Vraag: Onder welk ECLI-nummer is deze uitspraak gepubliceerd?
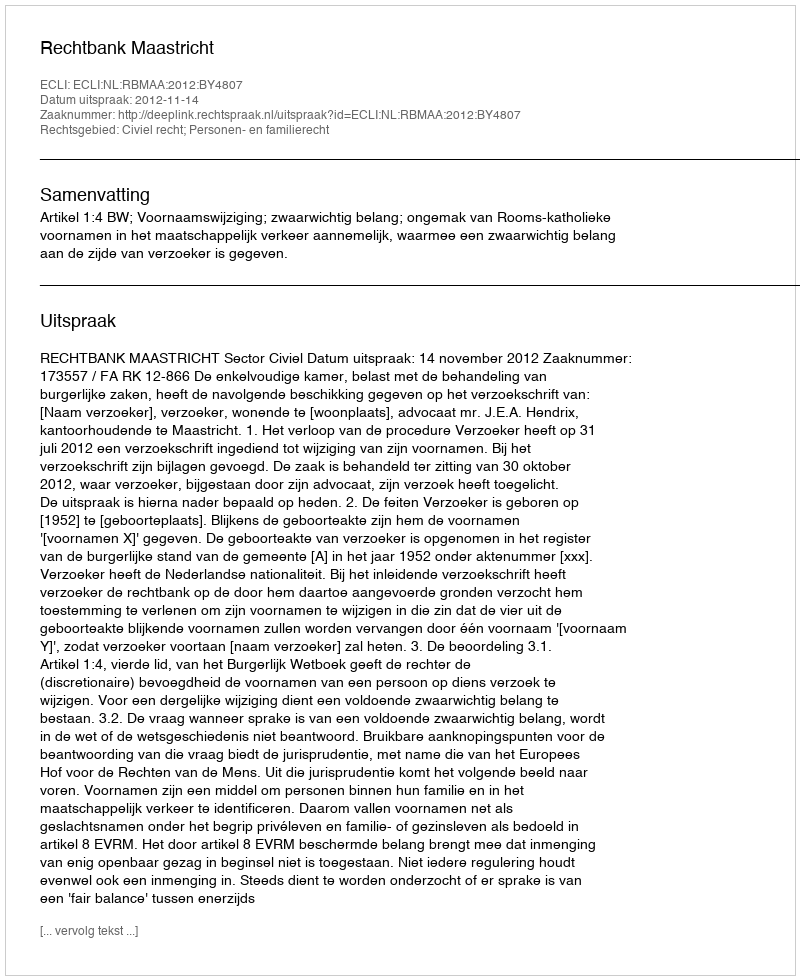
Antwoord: ECLI:NL:RBMAA:2012:BY4807